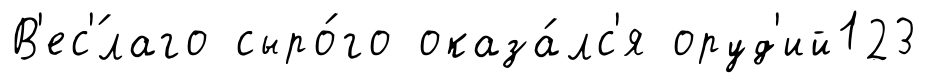
В'ес'́лаго сыро́го оказа́лс'я оруд'ий123